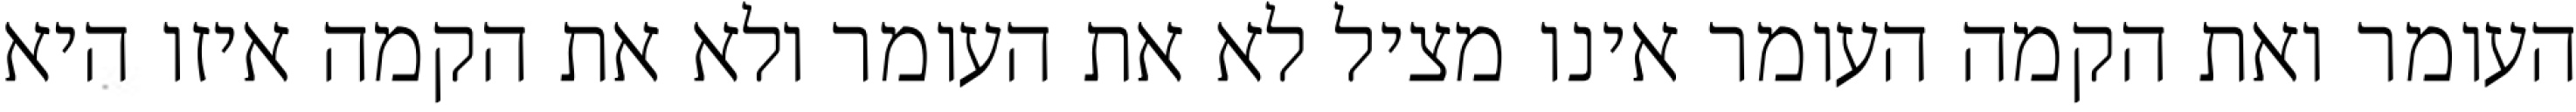
העומר ואת הקמה העומר אינו מציל לא את העומר ולא את הקמה איזו היא